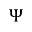
\Psi